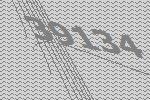
39134